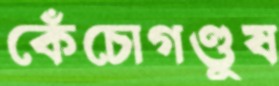
কেঁচোগণ্ডুষ